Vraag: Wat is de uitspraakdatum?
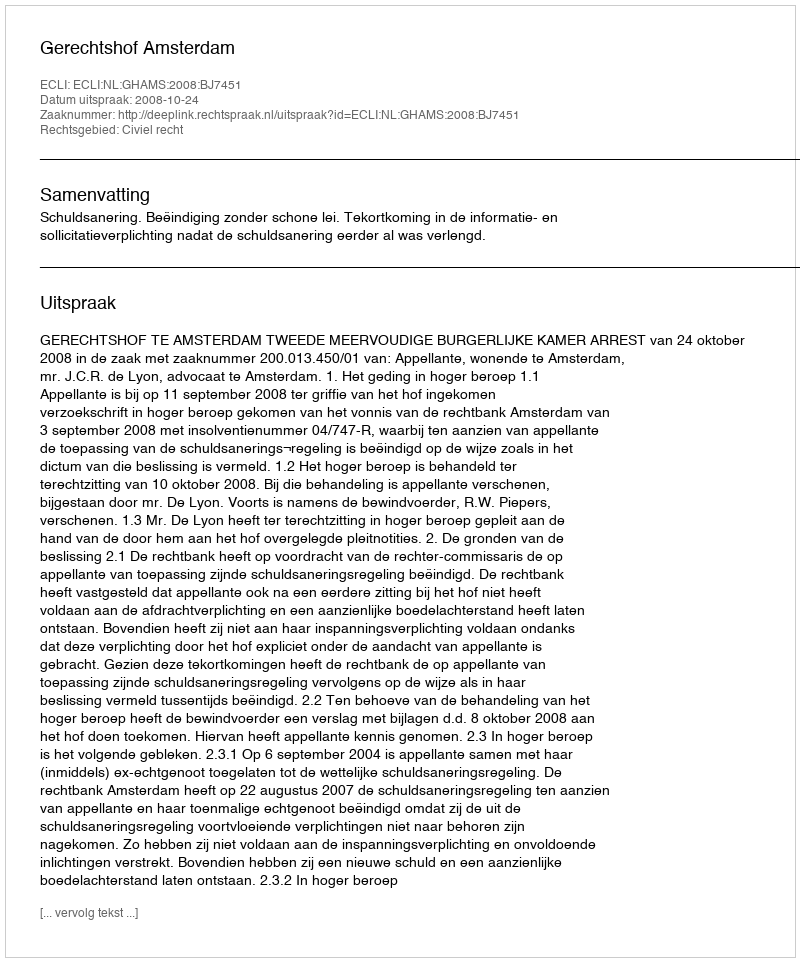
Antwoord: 2008-10-24